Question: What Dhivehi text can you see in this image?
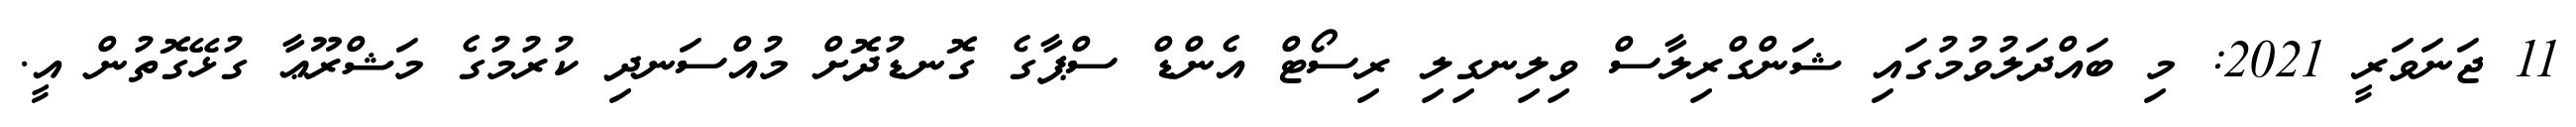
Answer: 11 ޖަނަވަރީ 2021: މި ބައްދަލުވުމުގައި ޝަންގްރިލާސް ވިލިނގިލި ރިސޯޓް އެންޑް ސްޕާގެ ގޮނޑުދޮށް މުއްސަނދި ކުރުމުގެ މަޝްރޫޢާ ގުޅޭގޮތުން އީ.